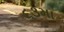
૬૩મા